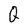
Character: Q